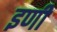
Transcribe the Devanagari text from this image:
इणी